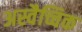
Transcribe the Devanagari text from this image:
अस्वैच्चिक